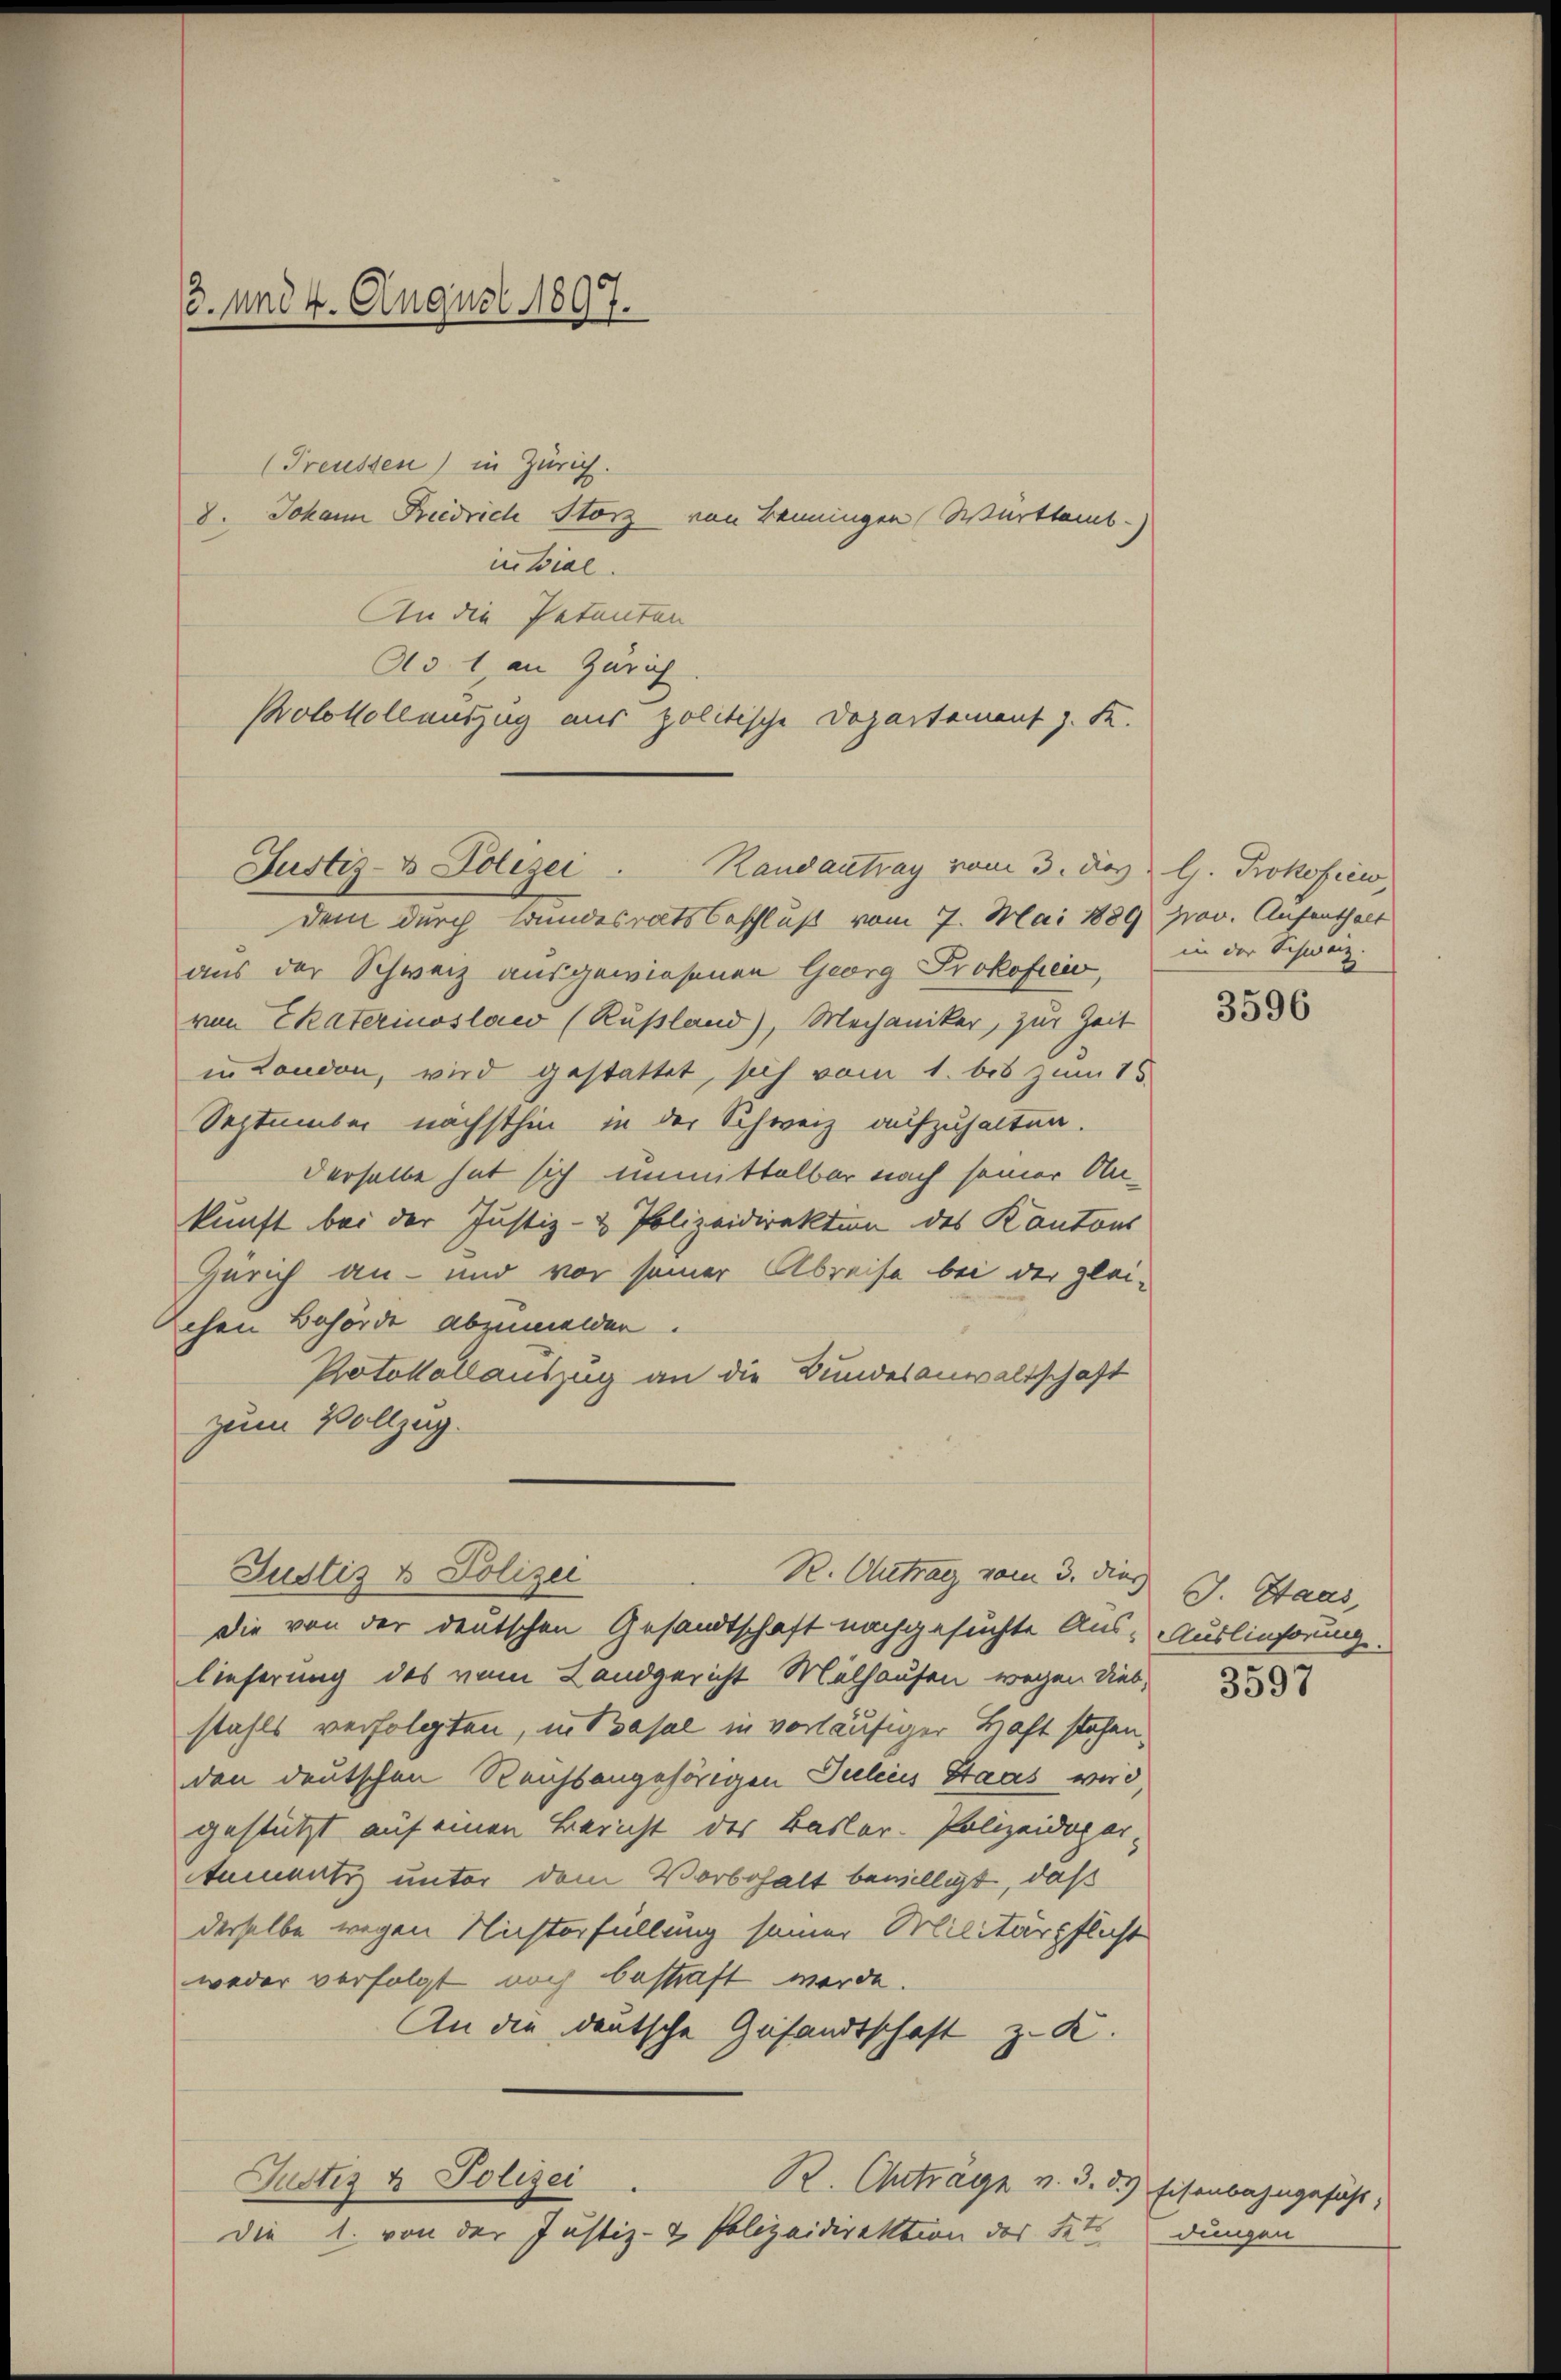
3. und 4. August 1897.

(Treussen) in Zürich.
8. Johann Riedrich Storz von Benningen Württemb.)
initial.
An die Petenten
Ao. 1 an Zürich
Protokollauszug aus politische Departement z. K.

Justiz- & Polizei Randantrag vom 3. des H. Prokofiew,
dem durch Brandesratsbeschluß vom 7. Mai 1889 prov. Aufenthalt
aus der Schweiz ausgewiesenen Georg Prokoficio,
von Chaterinoslaw (Rußland), Mechaniker, zur Zeit
in London, wird gestattet, sich vom 1. bis zum 15.
September nächsthin in der Schweiz aufzuhalten.
derselbe hat sich unmittelbar nach seiner An-
kunft bei der Justiz- & Polizeidirektion des Kantons
Zürich an- und vor seiner Abreise bei der gleichen Behörde abzumelder.
Protokollauszug an die Bundesanwaltschaft
zum Vollzug.
Justiz & Polizei
die von der deutschen Gesandtschaft nachgesuchte Aus- Auslieferung.
lieferung des vom Landgericht Mülhausen wegen dies,
stahls verfolgten, in Basel in vorläufiger Haft stehen.
den deutschen Reichsangehörigen Julius Staas wird,
gestützt auf einen Bericht des Basler-Polizeidepar-
umantiz unter dem Vorbehalt bewilligt, daß
derselbe wegen Nichterfüllung seiner Militärpflicht
weder verfolgt noch bestraft werde.
An die deutsche Gesandtschaft z. K.
Justiz & Polizei
R. Antrage v. 3. d. Eisenbahngesicht,
die 1. von der Justiz- & Polizeidirektion des Fett

R. Antrag vom 3. dies E. Stand,

in der Schweiz.

3596

3597

dungen